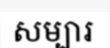
សម្បារ